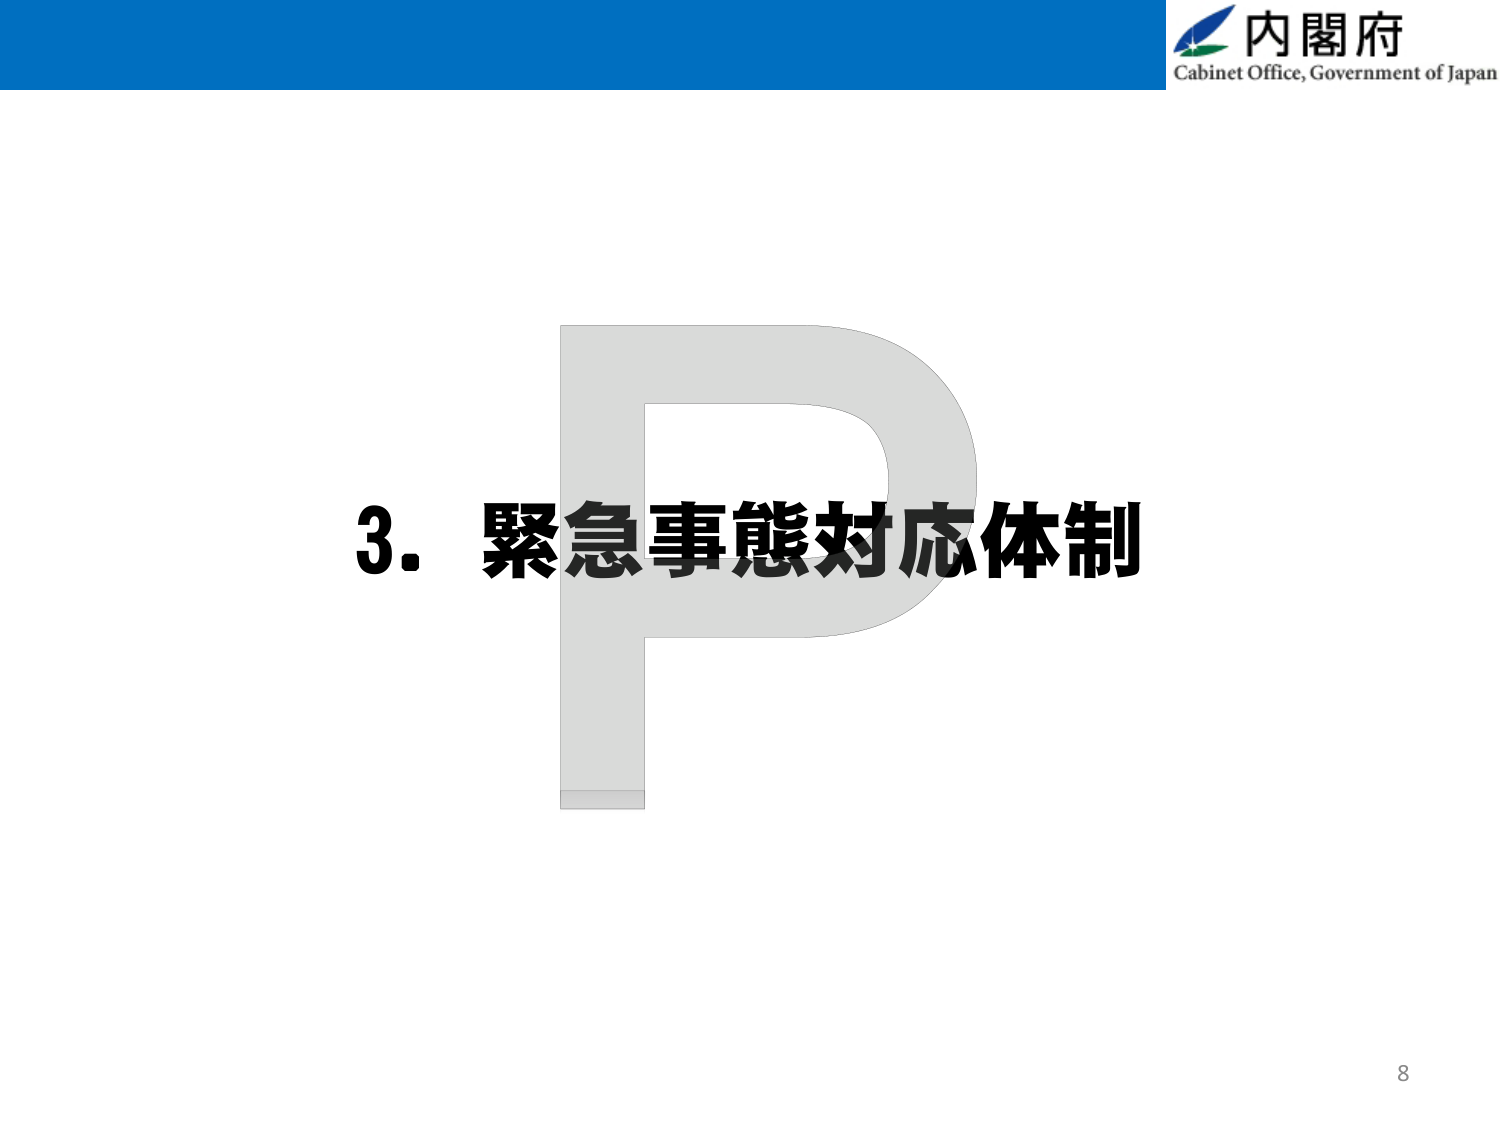
内閣府
Cabinet Office, Government of Japan
3. 緊急事態対応体制
8